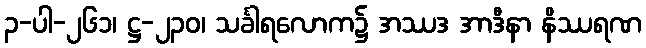
၃-ပါ-၂၆၁၊ ဋ္ဌ-၂၃၀၊ သင်္ခါရလောက၌ အဿဒ အာဒီနာ နိဿရဏ